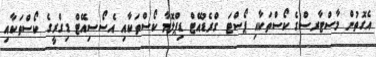
އެގޮތުން މާސްޓާރސްގެ ކޯސްތަކާއި ޕޯސްޓަ ގްރެޑުއޭޓް ޑިޕްލޮމާ ކޯސްތަކާއި އެސޯސިއޭޓް ޑިގްރީގެ ކޯސްތަކާއި